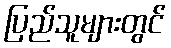
ပြည်သူများတွင်